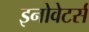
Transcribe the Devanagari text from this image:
इनोवेटर्स